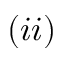
( i i )